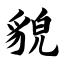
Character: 貌